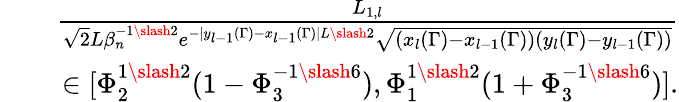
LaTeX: \begin{array}{rlr}&{}&{\frac{L_{1,l}}{\sqrt{2}L\beta_{n}^{-1\slash 2}e^{-|y_{l-1}(\Gamma)-x_{l-1}(\Gamma)|L\slash 2}\sqrt{(x_{l}(\Gamma)-x_{l-1}(\Gamma))(y_{l}(\Gamma)-y_{l-1}(\Gamma))}}}\\ &{}&{\in[\Phi_{2}^{1\slash 2}(1-\Phi_{3}^{-1\slash 6}),\Phi_{1}^{1\slash 2}(1+\Phi_{3}^{-1\slash 6})].}\end{array}